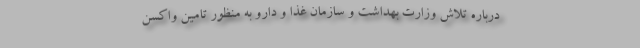
درباره تلاش وزارت بهداشت و سازمان غذا و دارو به منظور تامین واکسن